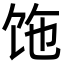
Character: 𩠂